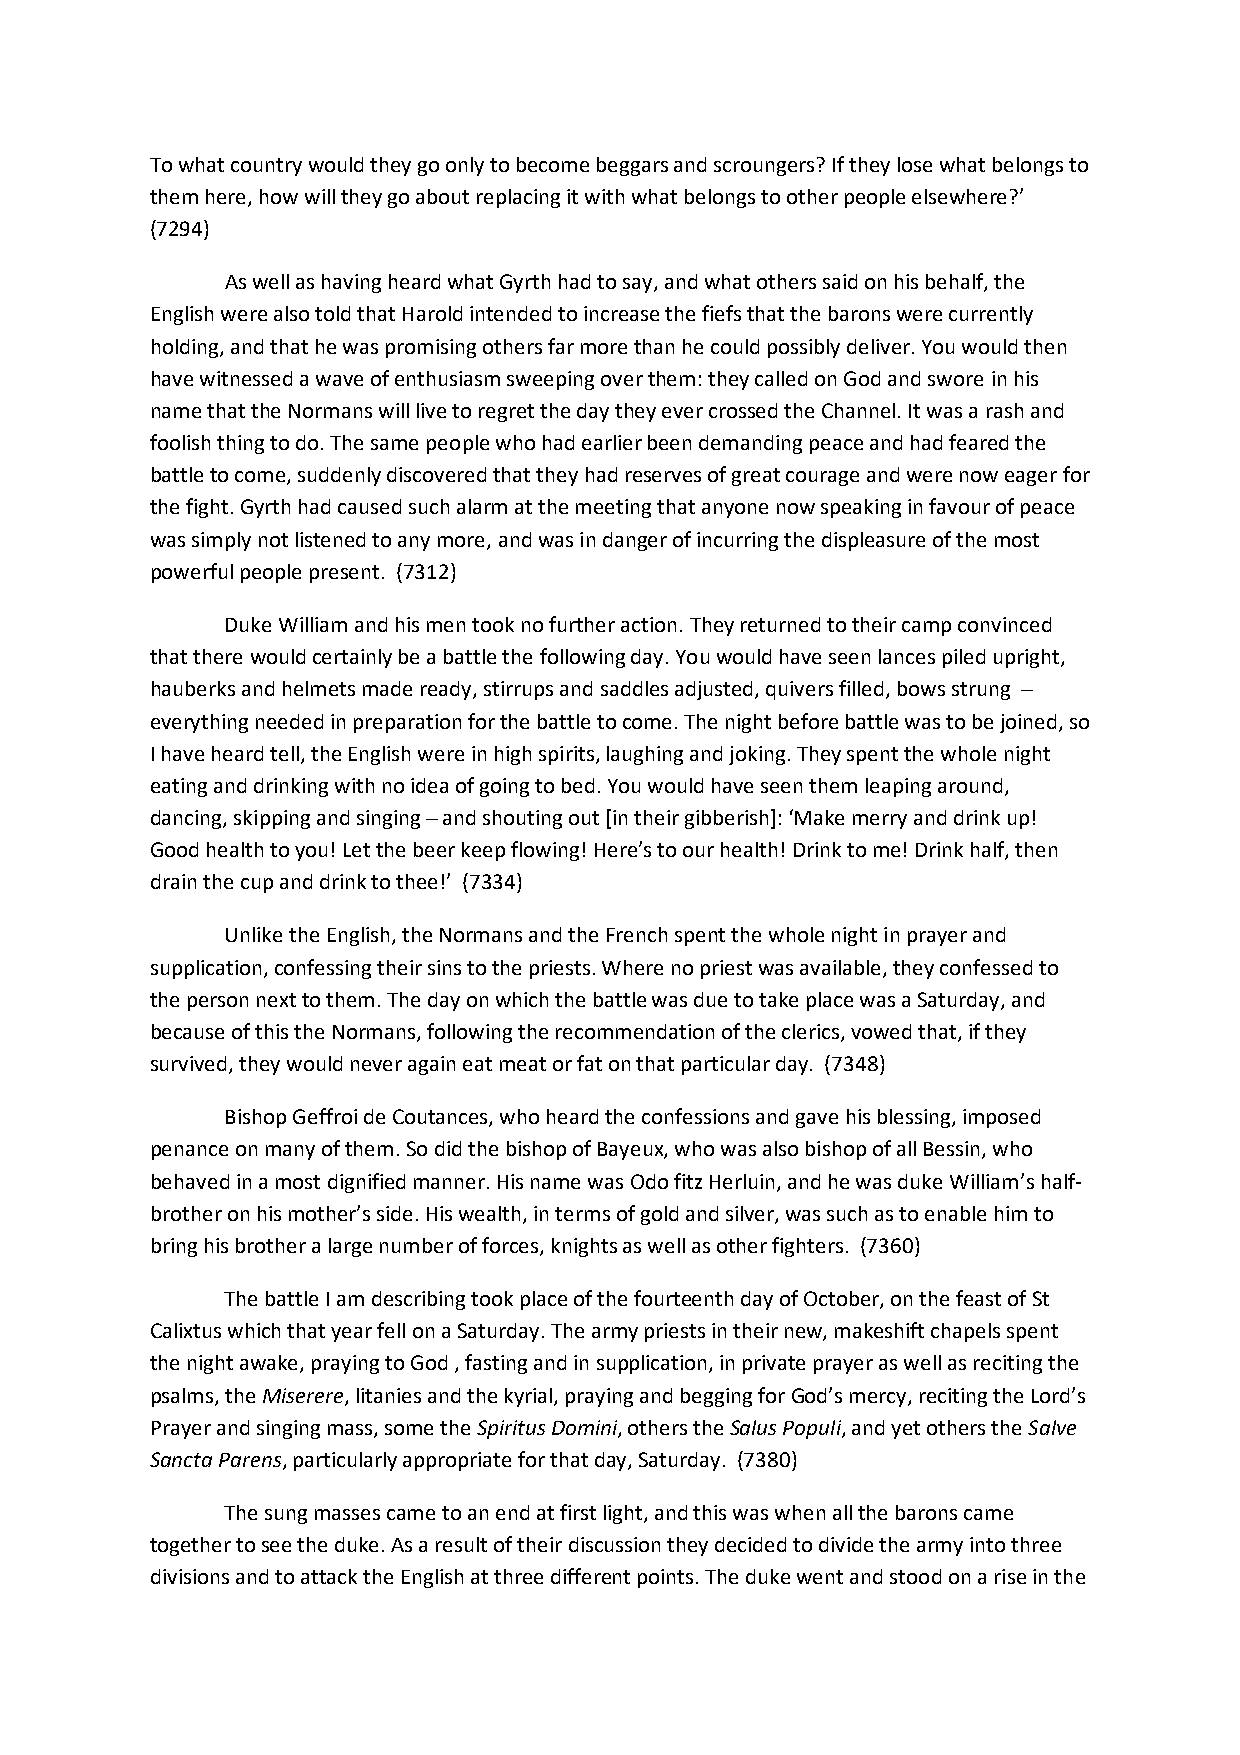
To what country would they go only to become beggars and scroungers? If they lose what belongs to
 them here, how will they go about replacing it with what belongs to other people elsewhere?’
 (7294)
 As well as having heard what Gyrth had to say, and what others said on his behalf, the
 English were also told that Harold intended to increase the fiefs that the barons were currently
 holding, and that he was promising others far more than he could possibly deliver. You would then
 have witnessed a wave of enthusiasm sweeping over them: they called on God and swore in his
 name that the Normans will live to regret the day they ever crossed the Channel. It was a rash and
 foolish thing to do. The same people who had earlier been demanding peace and had feared the
 battle to come, suddenly discovered that they had reserves of great courage and were now eager for
 the fight. Gyrth had caused such alarm at the meeting that anyone now speaking in favour of peace
 was simply not listened to any more, and was in danger of incurring the displeasure of the most
 powerful people present. (7312)
 Duke William and his men took no further action. They returned to their camp convinced
 that there would certainly be a battle the following day. You would have seen lances piled upright,
 hauberks and helmets made ready, stirrups and saddles adjusted, quivers filled, bows strung ̶
 everything needed in preparation for the battle to come. The night before battle was to be joined, so
 I have heard tell, the English were in high spirits, laughing and joking. They spent the whole night
 eating and drinking with no idea of going to bed. You would have seen them leaping around,
 dancing, skipping and singing ̶ and shouting out [in their gibberish]: ‘Make merry and drink up!
 Good health to you! Let the beer keep flowing! Here’s to our health! Drink to me! Drink half, then
 drain the cup and drink to thee!’ (7334)
 Unlike the English, the Normans and the French spent the whole night in prayer and
 supplication, confessing their sins to the priests. Where no priest was available, they confessed to
 the person next to them. The day on which the battle was due to take place was a Saturday, and
 because of this the Normans, following the recommendation of the clerics, vowed that, if they
 survived, they would never again eat meat or fat on that particular day. (7348)
 Bishop Geffroi de Coutances, who heard the confessions and gave his blessing, imposed
 penance on many of them. So did the bishop of Bayeux, who was also bishop of all Bessin, who
 behaved in a most dignified manner. His name was Odo fitz Herluin, and he was duke William’s half-
 brother on his mother’s side. His wealth, in terms of gold and silver, was such as to enable him to
 bring his brother a large number of forces, knights as well as other fighters. (7360)
 The battle I am describing took place of the fourteenth day of October, on the feast of St
 Calixtus which that year fell on a Saturday. The army priests in their new, makeshift chapels spent
 the night awake, praying to God , fasting and in supplication, in private prayer as well as reciting the
 psalms, the Miserere, litanies and the kyrial, praying and begging for God’s mercy, reciting the Lord’s
 Prayer and singing mass, some the Spiritus Domini, others the Salus Populi, and yet others the Salve
 Sancta Parens, particularly appropriate for that day, Saturday. (7380)
 The sung masses came to an end at first light, and this was when all the barons came
 together to see the duke. As a result of their discussion they decided to divide the army into three
 divisions and to attack the English at three different points. The duke went and stood on a rise in the